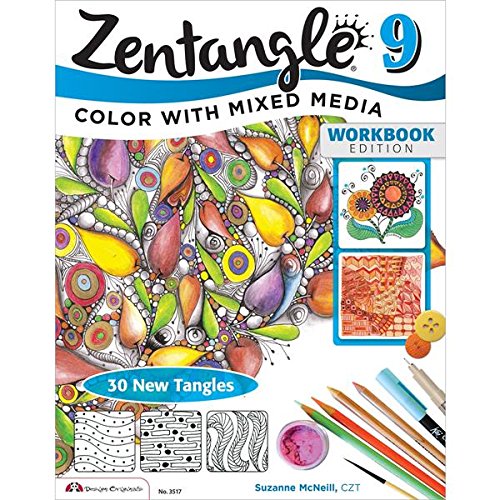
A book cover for Zentangle 9, Workbook Edition (Design Originals); Suzanne McNeill  CZT; Arts & Photography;